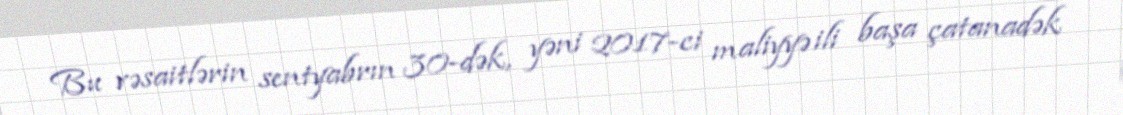
Bu vəsaitlərin sentyabrın 30-dək, yəni 2017-ci maliyyə ili başa çatanadək